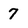
Character: 7